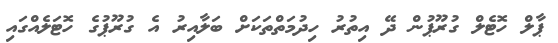
ޕާލް ހޮޓެލް ގުރޫޕުން ދޭ އިތުރު ހިދުމަތްތަކަށް ބަލާއިރު އެ ގުރޫޕުގެ ހޮޓަލެއްގައި